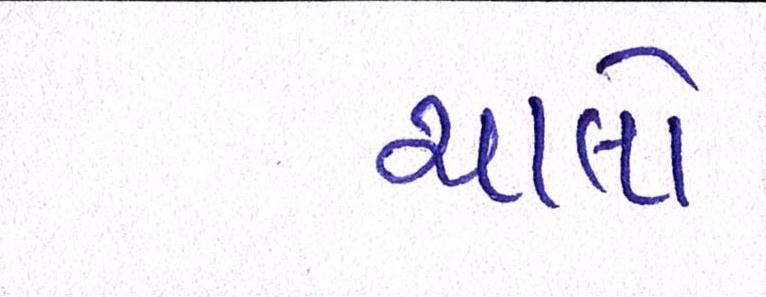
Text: ચાલો